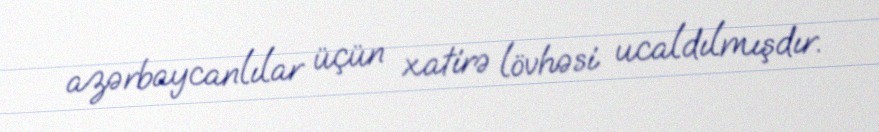
azərbaycanlılar üçün xatirə lövhəsi ucaldılmışdır.